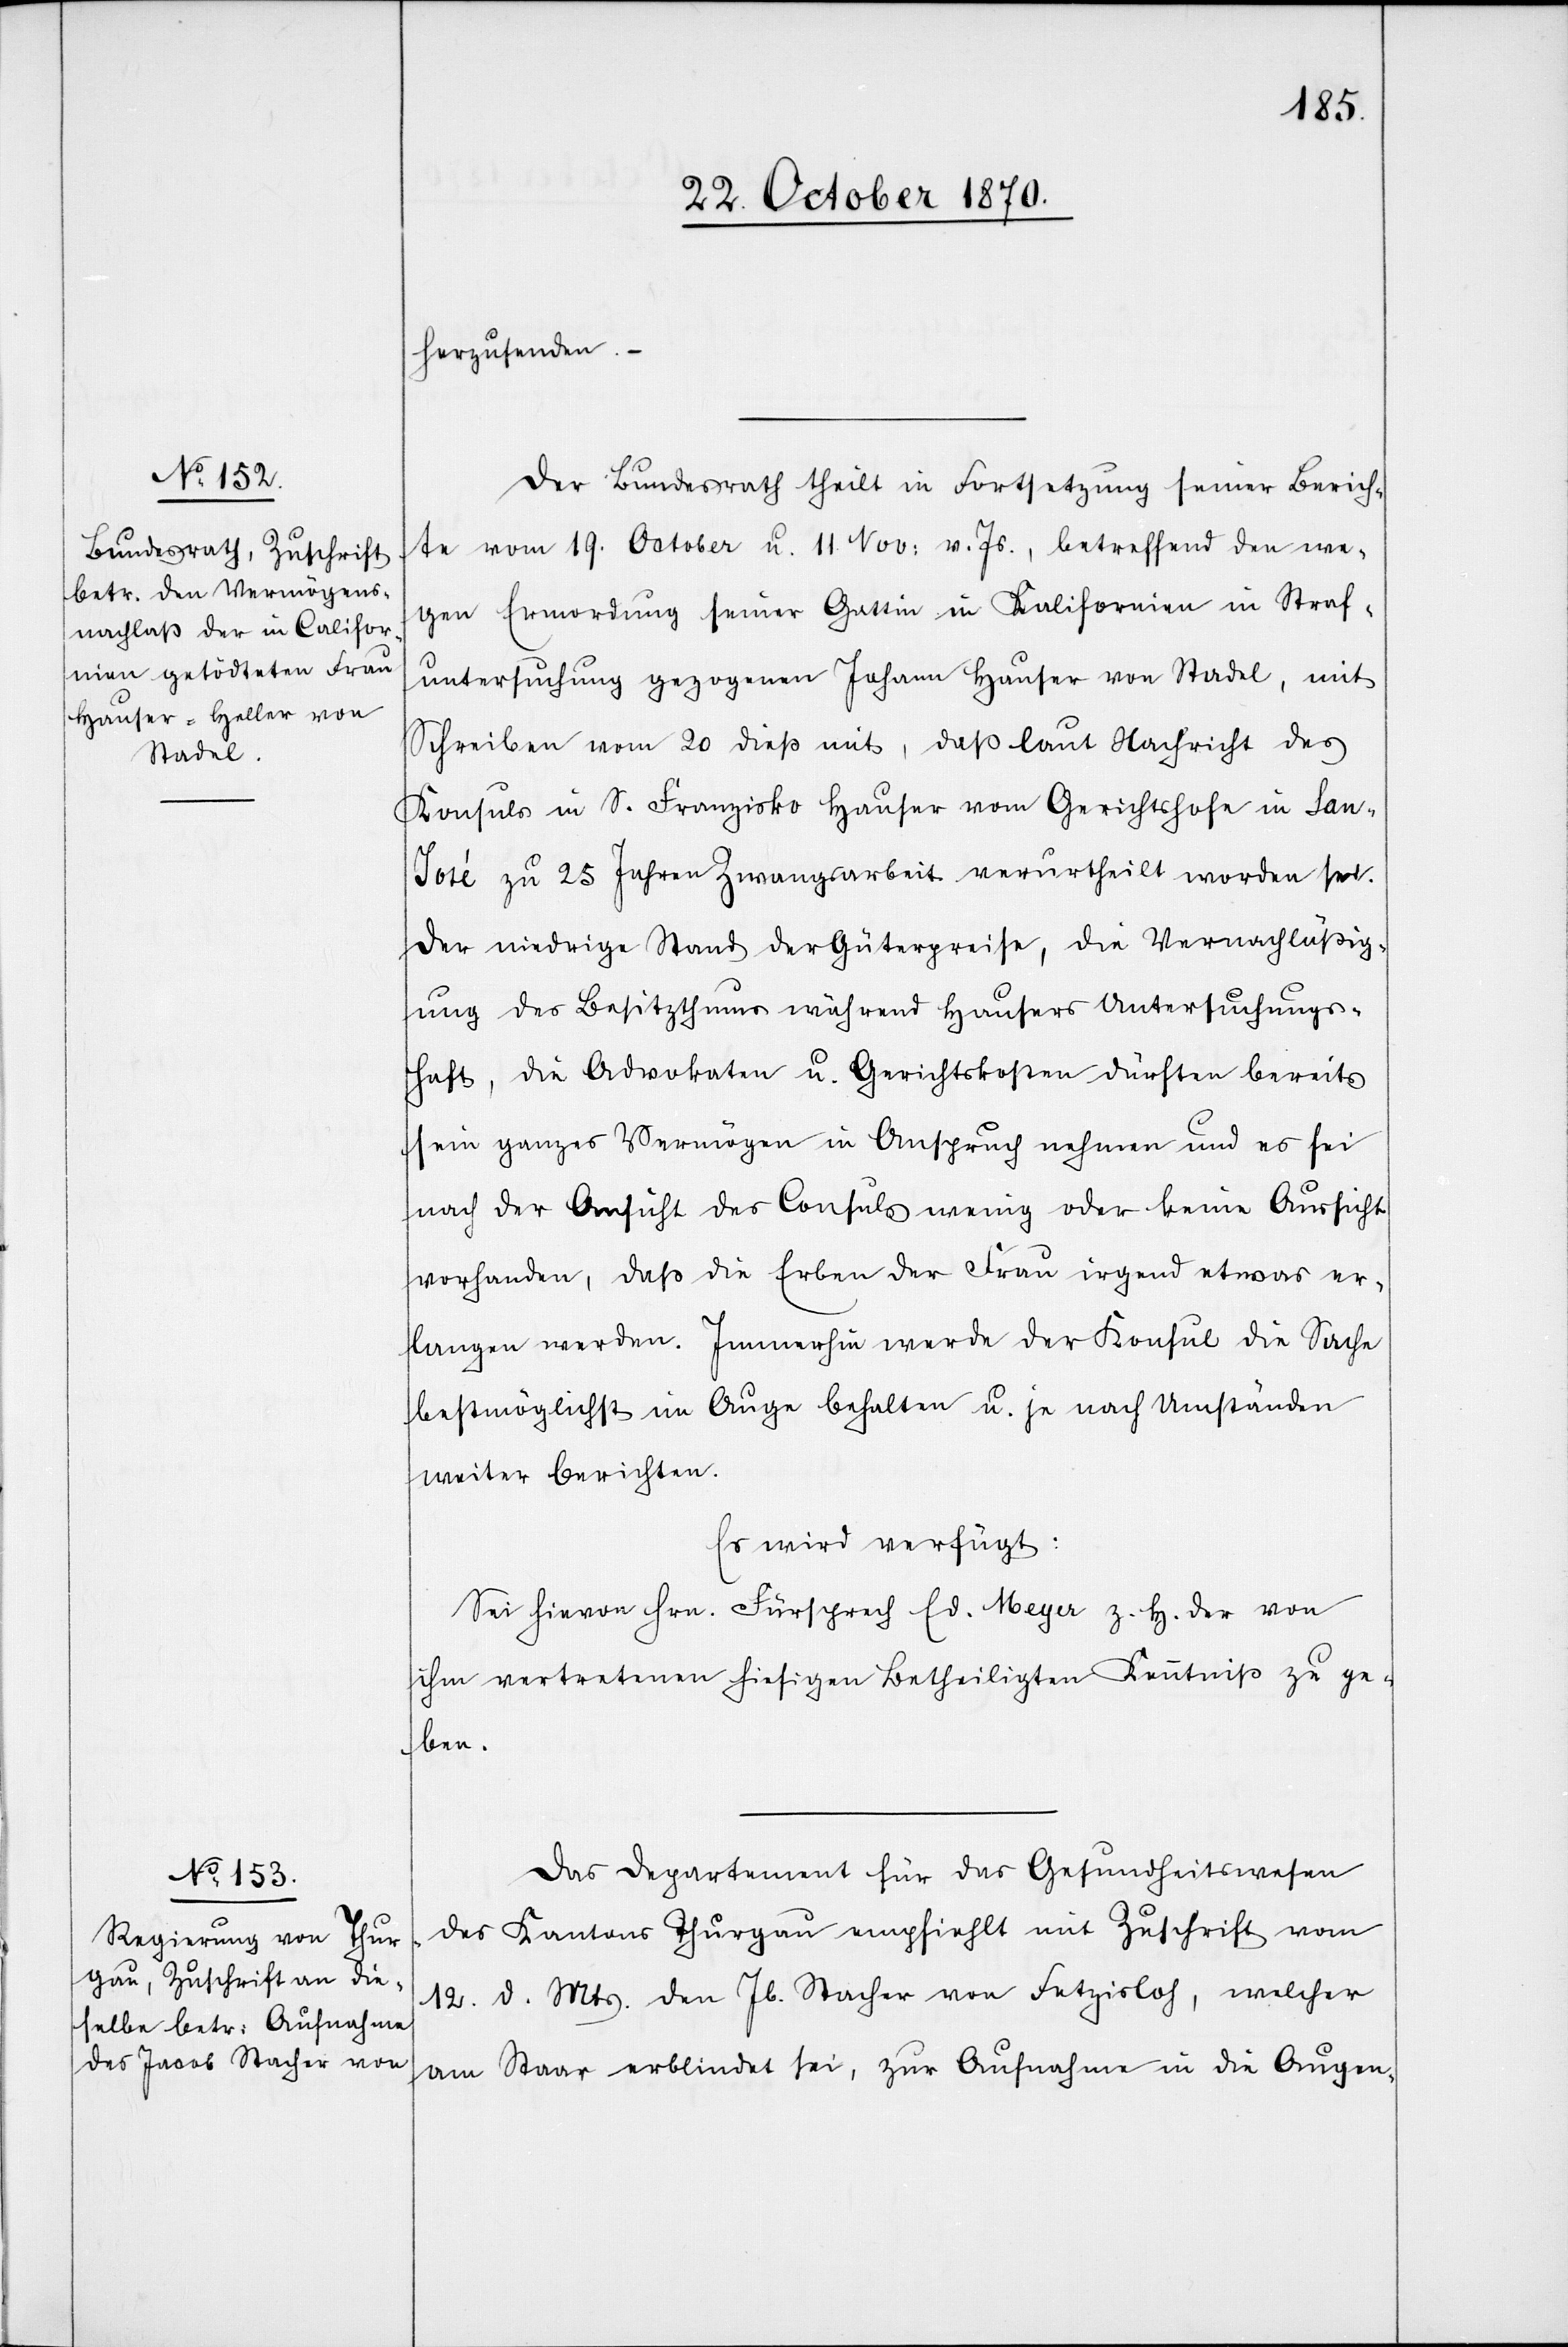
22. October 1870.]
herzusenden.
Der Bundesrath theilt in Fortsetzung seiner Berich¬
te vom 19. October u. 11. Nov: v. Js., betreffend den we¬
gen Ermordung seiner Gattin in Kalifornien in Straf¬
untersuchung gezogenen Johann Hauser von Stadel, mit
Schreiben vom 20 dieß mit, daß laut Nachricht des
Konsuls in S. Franzisko Hauser vom Gerichtshofe in San-J¬
osé zu 25 Jahren Zwangsarbeit verurtheilt worden sei.
Der niedrige Stand der Güterpreise, die Vernachlässig¬
ung des Besitzthums während Hausers Untersuchungs¬
haft, die Advokaten u. Gerichtskosten dürften bereits
sein ganzes Vermögen in Anspruch nehmen und es sei
nach der Ansicht des Consuls wenig oder keine Aussicht
vorhanden, daß die Erben der Frau irgend etwas ver¬
langen werden. Immerhin werde der Konsul die Sache
bestmöglichst im Auge behalten u. je nach Umständen
weiter berichten.
Es wird verfügt:
Sei hievon Hrn. Fürsprech Ed. Meyer z. H. der von
ihm vertretenen hiesigen Betheiligten Kenntniß zu ge¬
ben.
Das Departement für das Gesundheitswesen
des Kantons Thurgau empfiehlt mit Zuschrift vom
12. d. Mts. den Jb. Stacher von Fetzisloh, welcher
am Staar erblindet sei, zur Aufnahme in die Augen-